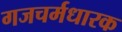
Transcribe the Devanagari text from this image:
गजचर्मधारक